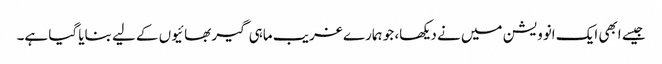
جیسے ابھی ایک انوویشن میں نے دیکھا، جو ہمارے غریب ماہی گیر بھائیوں کے لیے بنایا گیا ہے۔